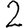
Digit: 2